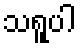
သရူပါ